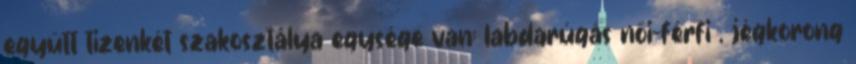
együtt tizenkét szakosztálya egysége van: labdarúgás női-férfi , jégkorong